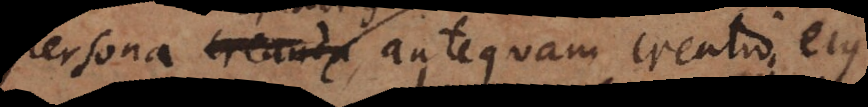
persona creabilis, antequam creatio ejus